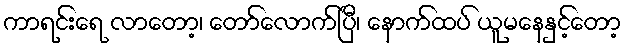
ကာရင်းရေ လာတော့၊ တော်လောက်ပြီ၊ နောက်ထပ် ယူမနေနှင့်တော့